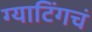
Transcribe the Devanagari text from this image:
ग्याटिंगचं